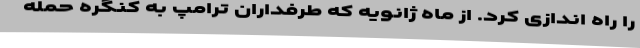
را راه اندازی کرد. از ماه ژانویه که طرفداران ترامپ به کنگره حمله